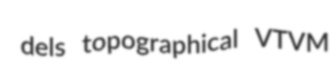
dels topographical VTVM